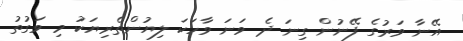
އޭނާ ވަރުގެ ފޭނުން ގިނަ ދެ ވަނަ ވާހަކަ ލިޔުންތެރިޔަކު މި ވަގުތު